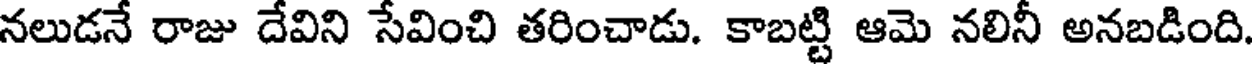
నలుడనే రాజు దేవిని సేవించి తరించాడు. కాబట్టి ఆమె నలినీ అనబడింది